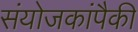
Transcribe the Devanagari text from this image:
संयोजकांपैकी